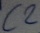
Text: C2